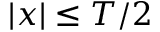
| x | \le T / 2